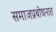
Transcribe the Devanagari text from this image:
समाजप्रबोधनात